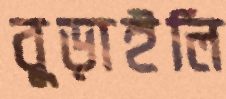
বুড়াইলি